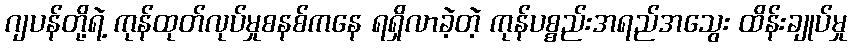
ဂျပန်တို့ရဲ့ ကုန်ထုတ်လုပ်မှုစနစ်ကနေ ရရှိလာခဲ့တဲ့ ကုန်ပစ္စည်းအရည်အသွေး ထိန်းချုပ်မှု